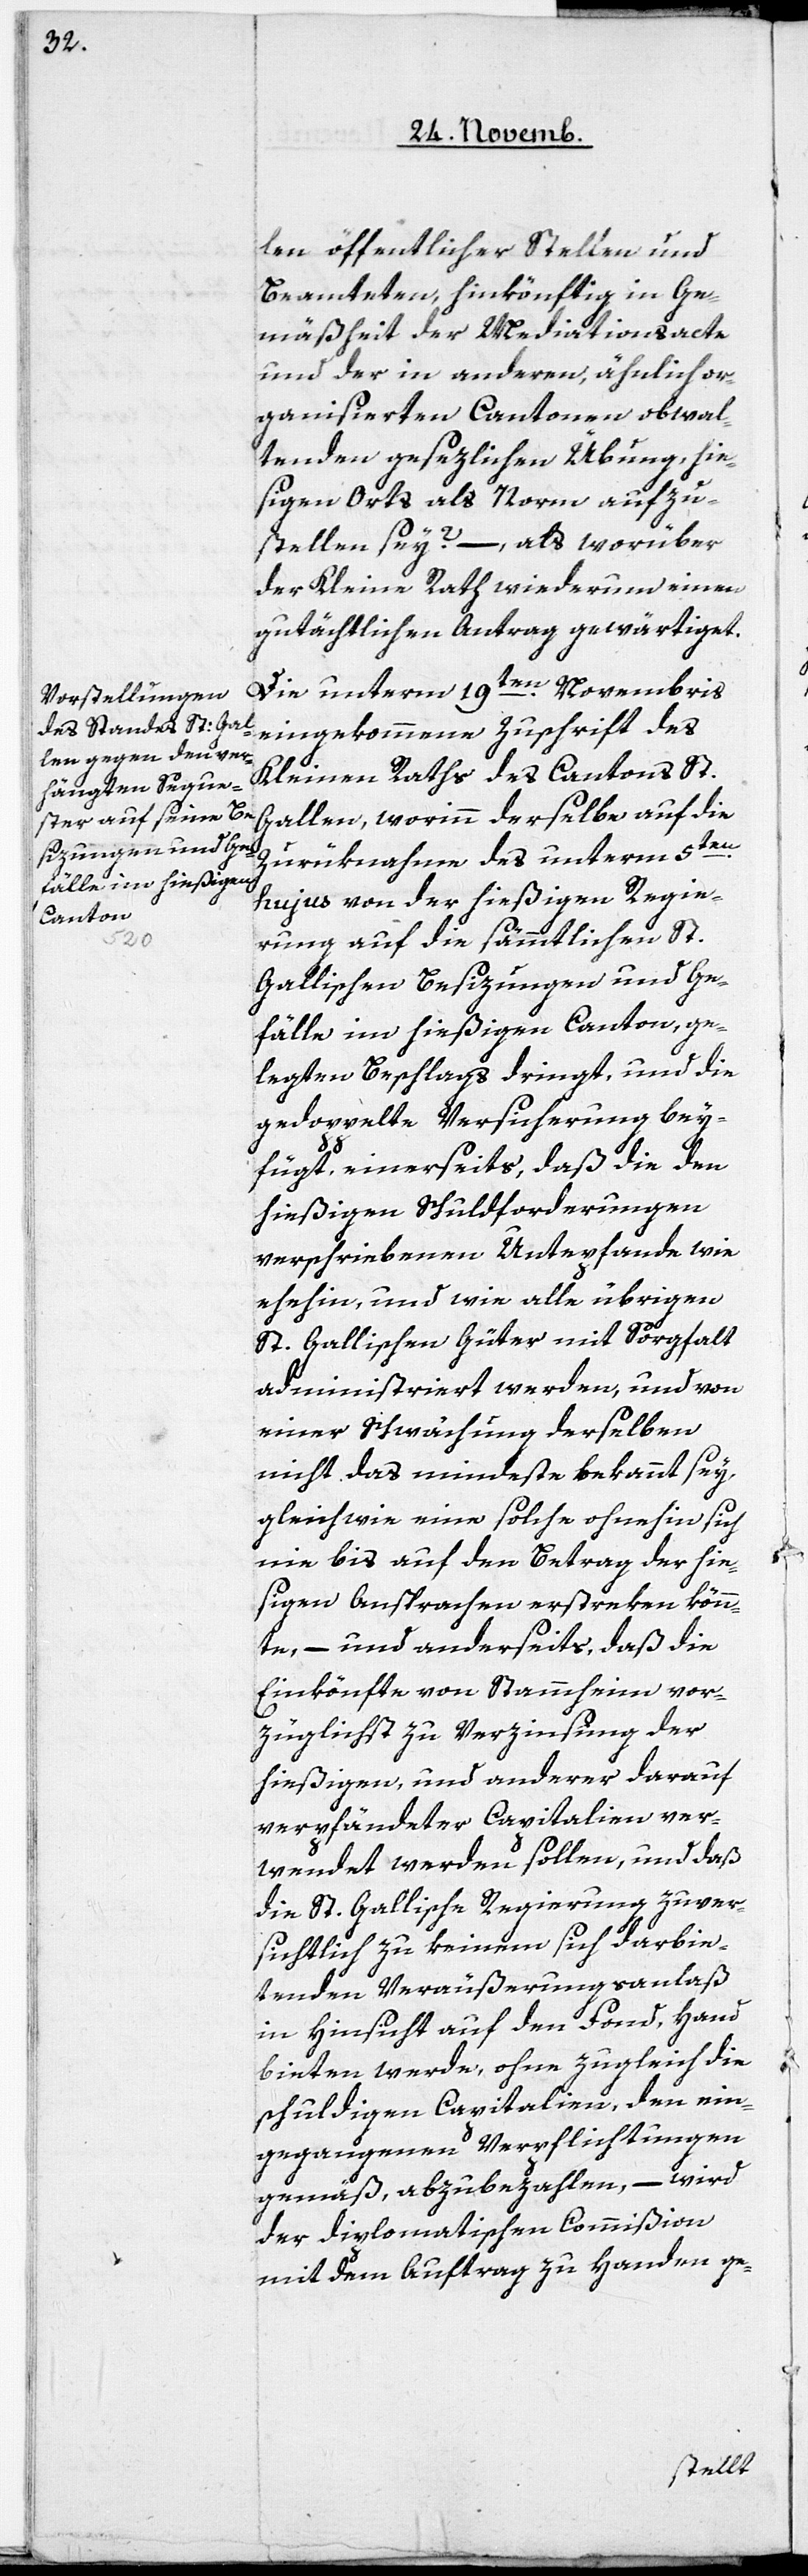
len öffentlicher Stellen und
Beamteten, hinkönftig in Ge¬
mäßheit der Mediationsacte
und der in anderen, ähnlich or¬
ganisierten Cantonen obwal¬
tenden gesezlichen Übung, hie¬
ßigen Orts als Norm aufzu¬
stellen sey? –, als worüber
der Kleine Rath wiederum einen
gutächtlichen Antrag gewärtiget.
Die unterm 19ten. Novembris
eingekommene Zuschrift des
Kleinen Raths des Cantons St.
Gallen, worinn derselbe auf die
Zuzurüknahme des unterm 5ten.
hujus von der hießigen Regie¬
rung auf die sämmtlichen St.
Gallischen Besizungen und Ge¬
fälle im hießigen Canton, ge¬
legten Beschlags dringt, und die
gedoppelte Versicherung bey¬
fügt, einerseits, daß die den
hießigen Schuldforderungen
verschriebenen Unterpfande wie
ehehin, und wie alle übrigen
St. Gallischen Güter mit Sorgfalt
administriert werden, und von
einer Schwächung derselben
nicht das mindeste bekannt sey,
gleich wie eine solche ohnehin sich
nie bis auf den Betrag der hie¬
ßigen Ansprachen erstreken könn¬
te, – und anderseits, daß die
Einkönfte von Stammheim vor¬
züglichst zu Verzinsung der
hießigen, und anderer darauf
verpfändeter Capitalien ver¬
wendet werden sollen, und daß
die St. Gallische Regierung zuver¬
sichtlich zu keinen sich darbie¬
tenden Veräußerungsanlaß
in Hinsicht auf den Fonds, Hand
bieten werden, ohne zugleich die
schuldigen Capitalien, den ein¬
gegangenen Verpflichtungen
gemäß, abzubezahlen, – wird
der diplomatischen Commißion
mit dem Auftrag zu Handen ge-